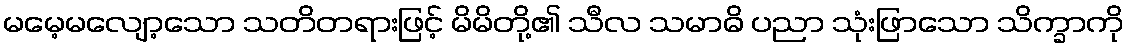
မမေ့မလျော့သော သတိတရားဖြင့် မိမိတို့၏ သီလ သမာဓိ ပညာ သုံးဖြာသော သိက္ခာကို